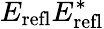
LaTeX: E_{\mathrm{refl}}E_{\mathrm{refl}}^{*}